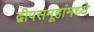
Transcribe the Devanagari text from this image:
द्वीपसमूहांमध्ये